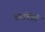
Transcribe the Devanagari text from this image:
रसांचेही